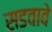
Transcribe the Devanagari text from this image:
सडवावे